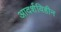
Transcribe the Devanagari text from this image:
आदर्शविहीन